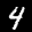
Label: 4